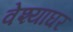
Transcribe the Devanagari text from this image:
वेश्याघर